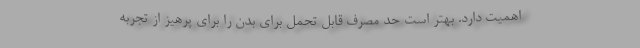
اهمیت دارد. بهتر است حد مصرف قابل تحمل برای بدن را برای پرهیز از تجربه